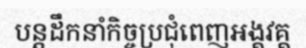
បន្តដឹកនាំកិច្ចប្រជុំពេញអង្គវគ្គ